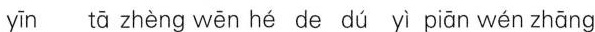
yin tā zhèng wēn hé de du yì biàn wén zhāng